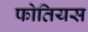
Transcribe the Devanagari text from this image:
फोतियस